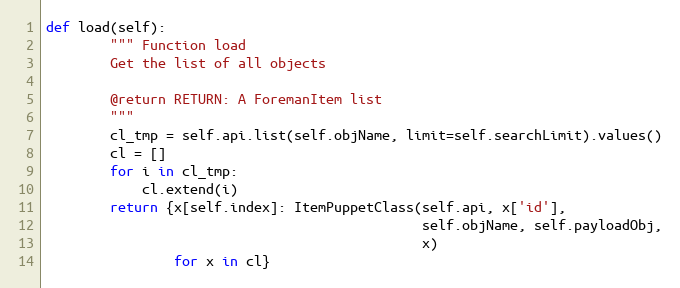
Language: Python
def load(self):
        """ Function load
        Get the list of all objects

        @return RETURN: A ForemanItem list
        """
        cl_tmp = self.api.list(self.objName, limit=self.searchLimit).values()
        cl = []
        for i in cl_tmp:
            cl.extend(i)
        return {x[self.index]: ItemPuppetClass(self.api, x['id'],
                                               self.objName, self.payloadObj,
                                               x)
                for x in cl}